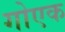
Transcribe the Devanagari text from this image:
गोएक